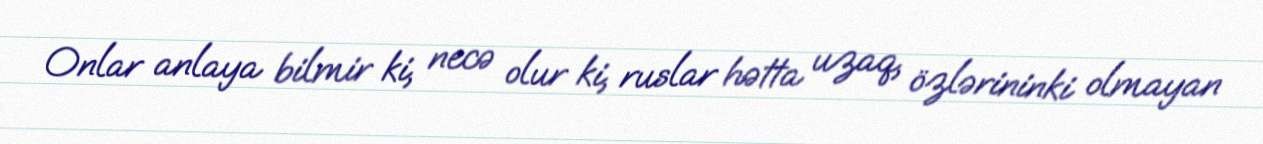
Onlar anlaya bilmir ki, necə olur ki, ruslar hətta uzaq, özlərininki olmayan